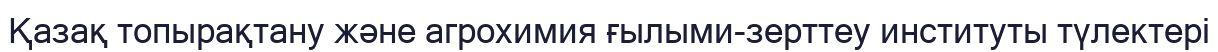
Қазақ топырақтану және агрохимия ғылыми-зерттеу институты түлектері